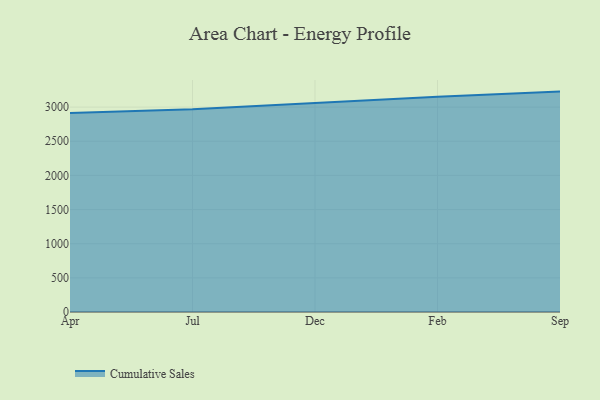
{"axis": {"x": "Month", "y": "LTV (USD)"}, "legend": ["Cumulative Sales"], "data": [{"x": "Apr", "y": 2915.2, "type": "Cumulative Sales"}, {"x": "Jul", "y": 2967.2, "type": "Cumulative Sales"}, {"x": "Dec", "y": 3061.5, "type": "Cumulative Sales"}, {"x": "Feb", "y": 3152.3, "type": "Cumulative Sales"}, {"x": "Sep", "y": 3226.7, "type": "Cumulative Sales"}]}